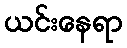
ယင်းနေရာ